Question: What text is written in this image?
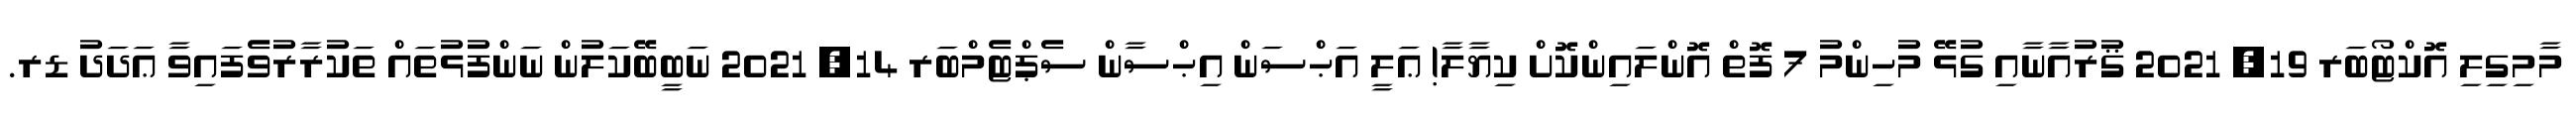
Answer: މާމިގިލި އޮކްޓޯބަރ 19, 2021 ޤުރުއާނާއި ގުޅޭ މުހިންމު 7 ފޮތް އޮންލައިންކޮށް ކިޔާލާ! ޢަލީ އަޙްސަން އިޙްސާން ސެޕްޓެމްބަރ 14, 2021 ނަބީބޭކަލުން ނަންފުޅުތައް ތަކުރާރުވެފައިވާ ޢަދަދު ޑރ.